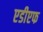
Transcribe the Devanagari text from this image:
एडीएफ